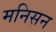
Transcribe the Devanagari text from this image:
मनिसन